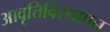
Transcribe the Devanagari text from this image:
आवृत्तिविस्थापन